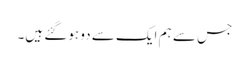
جس سے ہم ایک سے دو ہوگئے ہیں۔